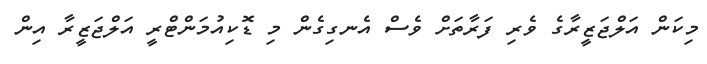
މިކަން އަލްޖަޒީރާގެ ވެރި ފަރާތަށް ވެސް އެނގިގެން މި ޑޮކިއުމަންޓްރީ އަލްޖަޒީރާ އިން